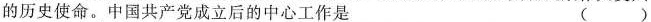
的历史使命。中国共产党成立后的中心工作是( )